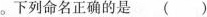
。下列命名正确的是()